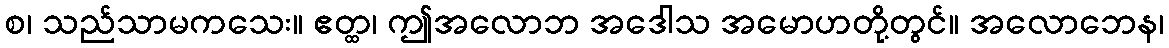
စ၊ သည်သာမကသေး။ ဧတ္ထ၊ ဤအလောဘ အဒေါသ အမောဟတို့တွင်။ အလောဘေန၊